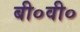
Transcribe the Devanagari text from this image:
बी०वी०